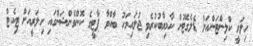
ހިލަރީ ކްލިންޓަންއަށް ޑެލެގޭޓުން ކާމިޔާބުކުރެވި ޖުލައިމަހު ބާއްވާ ޕާޓީގެ ކޮންވެންޝަންގައި ހިލަރީއަށް ޓިކެޓް